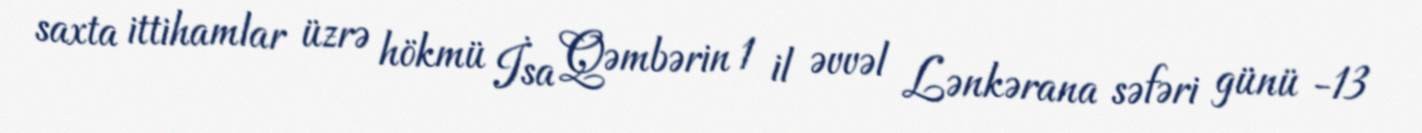
saxta ittihamlar üzrə hökmü İsa Qəmbərin 1 il əvvəl Lənkərana səfəri günü -13